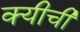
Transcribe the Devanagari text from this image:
क्यीची